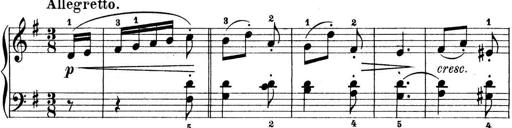
Title: Preis-Sonatine
Composer: Ernst James Bremner